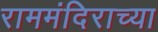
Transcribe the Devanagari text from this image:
राममंदिराच्या